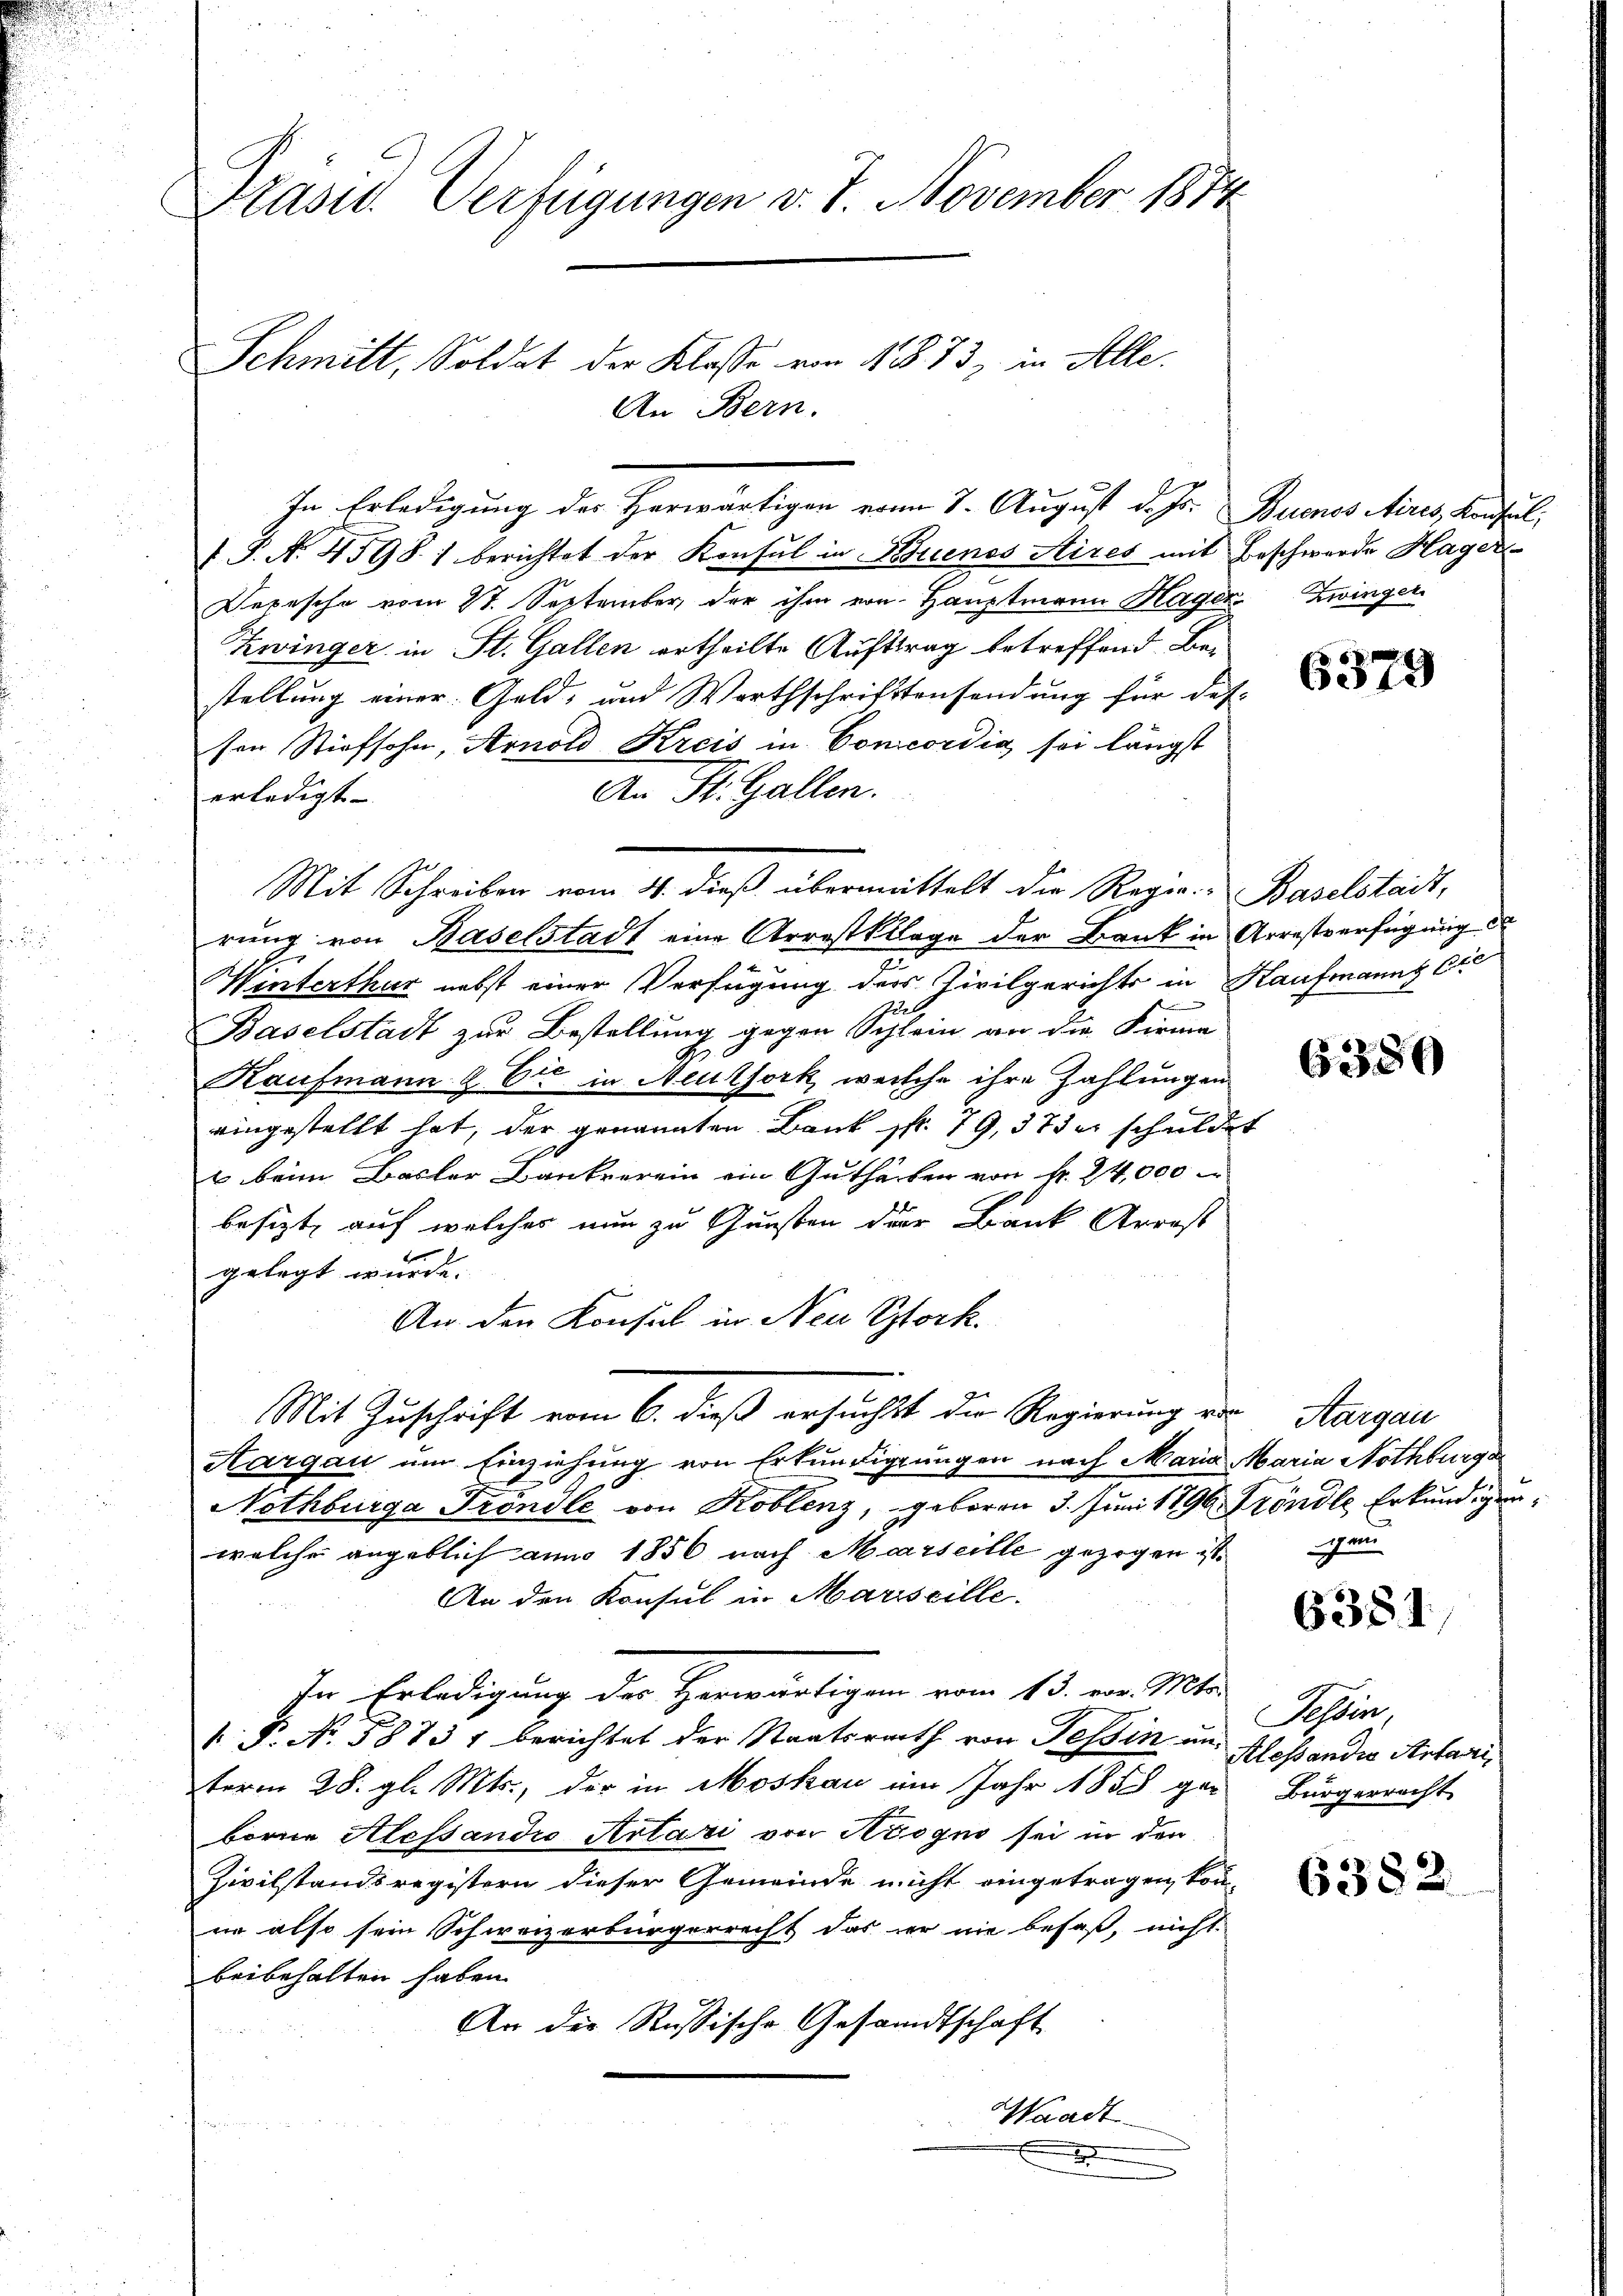
Präsid. Verfügungen v. 7. November 1874

Schmitt, Soldat der Klasse von 1 § 73, in Solle.
An Bern.

In Erledigung des Herwärtigen vom 7. August d. Js. Buenos Aires, Konsul,
 P. N. 4598) berichtet der Konsul in Buenos Aires mit Beschwerde Hager
Depesche vom 27. September der ihm von Hauptmann Mager Zwinger
Zwinger in St. Gallen ertheilte Auftrag betreffend Bestellung einer Geld- und Warthschrifttensendung für das
sen Stiefsohn, Arnold Kreis in Concordig sei längst
An St. Gallen.
erledigt. |
Mit Schreiben vom 4. dieß übermittelt die Regie-Baselstadt,
rung von Baselstadt eine Arrestklage der Bank in Arrestverfügung d
Winterthur nebst einer Verfügung der Civilgerichts in Kaufmanns Cre

Baselstadt zur Bestellung gegen Schlein von die Firme
Kaufmann & Cie in Meuthork, welche ihre Zahlungen
eingestellt hat, der genannten Bank sp. 19, 37 der schuldet
t beim Basler Bankverein ein Guthärben von Fr. 24,000
besizt, auch welches nun zu Gunsten der Bank Arrest
gelegt wurde. |
An den Konsul in Neu Stock.
Mit Zuschrift vom 6. dieß ersuchst die Regierung von Aargau
Aargau um Einziehung von Erkundigungen nach Maria Maria Nothburge
Nothburga Fröndle, von Koblenz, geboren 3. Juni 1896 Kröndle Erkundigunwelche angeblich am 1856 nach Marseille gezogen ist e
An den Konsul in Mariscille.
In Erledigung der Herwärtigen vom 13. vor. Mts.
 P. Nr. 58737 berichtet der Staatsrath von Tessin und Kloßandis Antarii,
term 28. gl. Mts., der in Moskau im Jahr 1858 gen
borne Alessandio Artazi von Aiogno sei in den
Zivilstandsregistern dieser Gemeinde nicht eingetragen kön-
er also sein Schweizerbürgerrecht das er nie besaß, nicht
beibehalten haben.
An die Russische Gesandtschaft
Waadt
.

6379

6380

6351.

Tessin,
Bürgerrecht

6382